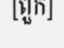
[ពួក]